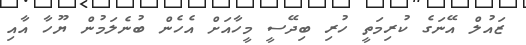
ޒައުލް އޭނަގެ ކުރިމަތީ ހުރި ބިދޭސީ މީހާއަށް އެހެން ބުނެލަމުން ޔޫހާ އާއި